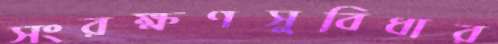
সংরক্ষণসুবিধার